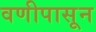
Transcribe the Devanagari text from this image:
वणीपासून